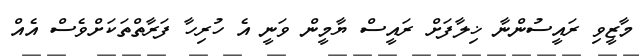
މާޒީވި ރައީސުންނާ ޚިލާފަށް ރައީސް ޔާމީން ވަނީ އެ ހުރިހާ ފަރާތްތަކަށްވެސް އެއް